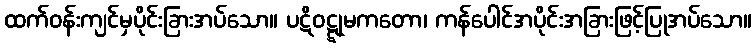
ထက်ဝန်းကျင်မှပိုင်းခြားအပ်သော။ ပဋိဝဋ္ဋုမကတော၊ ကန်ပေါင်အပိုင်းအခြားဖြင့်ပြုအပ်သော။